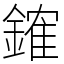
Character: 䥃